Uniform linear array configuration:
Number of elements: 4
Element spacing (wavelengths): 0.75
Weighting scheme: uniform
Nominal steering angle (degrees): -60
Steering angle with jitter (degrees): -59.311
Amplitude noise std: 0.05
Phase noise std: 0.05

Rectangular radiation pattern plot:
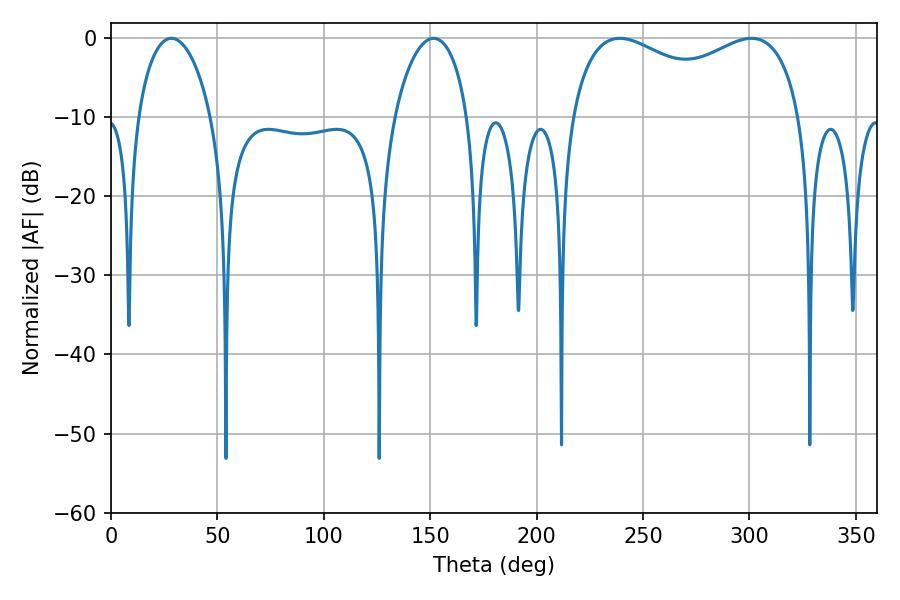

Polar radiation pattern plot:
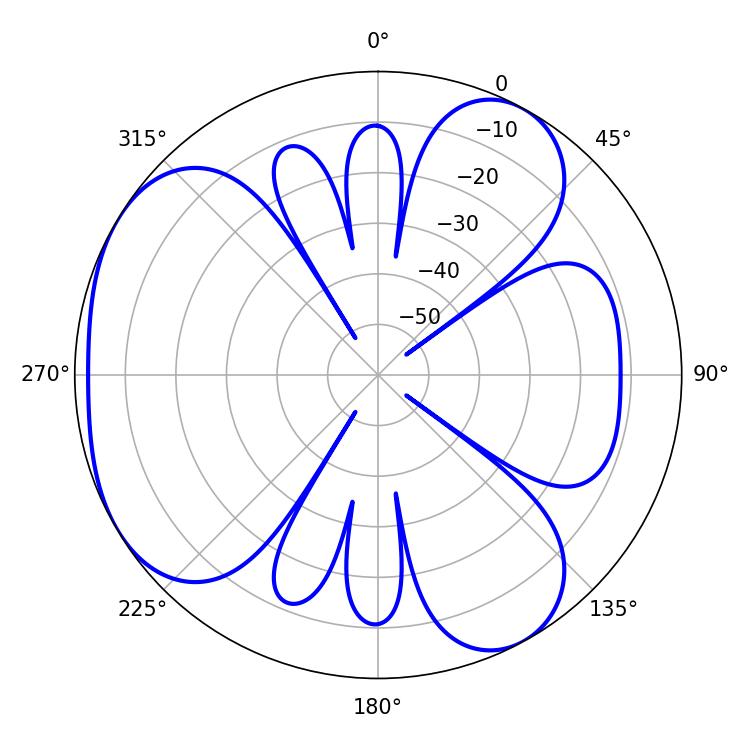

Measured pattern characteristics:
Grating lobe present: TRUE
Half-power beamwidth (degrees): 90
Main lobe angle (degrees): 300.96